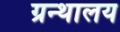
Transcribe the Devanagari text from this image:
ग्रन्‍थालय